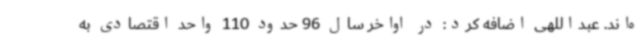
ه‌اند. عبداللهی اضافه کرد: در اواخر سال 96 حدود 110 واحد اقتصادی به